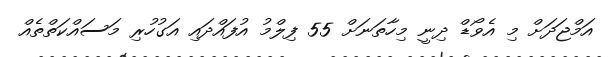
އަމްޖަދަށް މި އެވޯޑް ދިނީ މިހާތަނަށް 55 ފިލްމު އުފައްދައި އަގުހުރި މަސައްކަތްތެއް